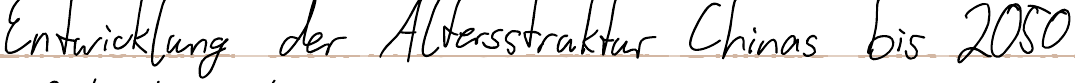
Entwicklung der Altersstruktur Chinas bis 2050